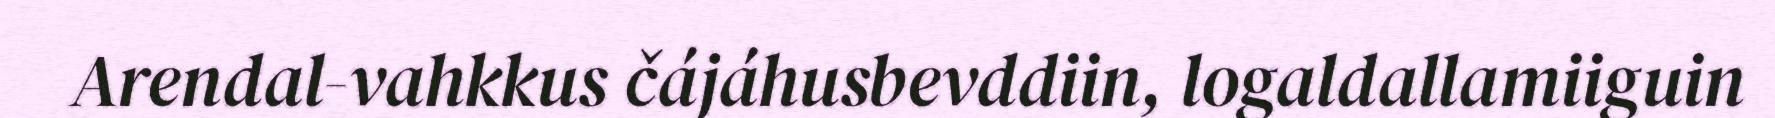
Arendal-vahkkus čájáhusbevddiin, logaldallamiiguin